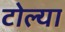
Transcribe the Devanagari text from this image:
टोल्या